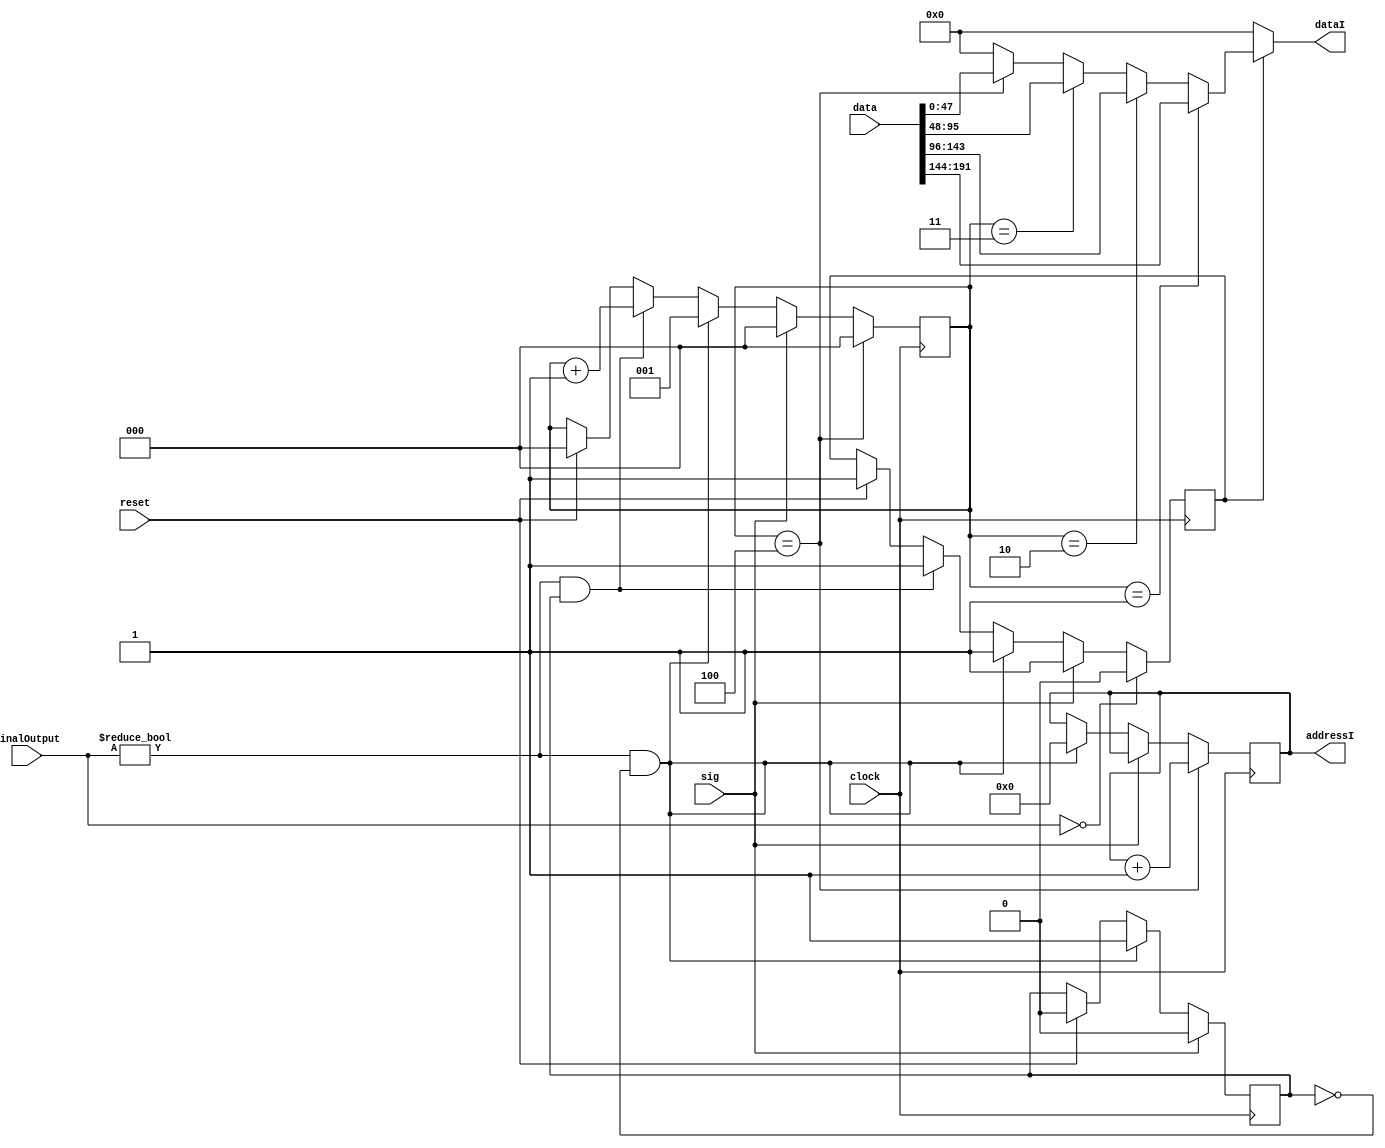
module isched(clock,reset,addressI,data,dataI, FinalOutput,sig);

input clock;
input reset;
//input  NewRowFlag;
input [191:0] data;
//input [23:0] temp_output;
input [23:0]  FinalOutput;

output [7:0] addressI;
output [47:0] dataI;
input sig;

reg        NewRowFlag;
reg [2:0]  count;
reg [7:0]  addressI;
reg [47:0] dataI;
reg        FirstFlag;
//reg sig,sig2;


always@(posedge clock)
begin
	if (reset)
	begin
		count <= 3'd0;
		FirstFlag <= 1'b0;
		NewRowFlag <= 1'd1;
	end
	if(sig)
	begin
		FirstFlag <= 1'b0;
		count <= 3'd0;
		NewRowFlag <= 1'd1;
	end
	else if (FinalOutput != 24'd0 && FirstFlag == 1'b0)
	begin
		addressI <= 8'd0;
		FirstFlag <= 1'b1;
		count <= 3'd1;
		NewRowFlag <= 1'd1;
	end

	else if (FinalOutput != 24'd0 && FirstFlag == 1'b1)
	begin
		count <= count + 1'b1;
		NewRowFlag <= 1'd1;
	end
	if(FinalOutput == 24'd0)
		NewRowFlag <= 1'd0;
	if (count == 3'b100)
	begin
		count <= 3'd0;
		addressI <= addressI + 1'b1;
	end

end

always@(*)
begin
	dataI = 48'b0;
	if(NewRowFlag == 1'd0)
		dataI = 48'b0;
	else if(count == 3'd1)
	begin
		dataI = data[191:144];
		//sig = |data[191:144];
	end
	else if(count == 3'd2)
	begin
		dataI = data[143:96];
		//sig = |data[143:96];
	end
	else if(count == 3'd3)
	begin
		dataI = data[95:48];
		//sig = |data[95:48];
	end
	else if(count == 3'd4)
	begin
		dataI = data[47:0];
		//sig = |data[47:0];
	end
end

/*always@(*)
begin
	if(count == 3'd1)
	begin
		sig = |data[143:96];
		//sig2 = |data[143:96];
	end

	else if (count == 3'd2)
	begin
		sig = |data[95:48];	
	end

	else if (count == 3'd3)
	begin
		sig = |data[47:0];
	end

	else if (count == 3'd4 || count == 3'd0)
	begin
		sig = |data[191:144];
	end
end*/

endmodule